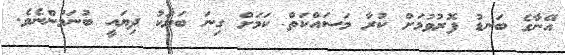
އޭނާގެ ބަނޑު ފޮރުވުމަށް ކުރާ މަސައްކަތް ކަމަށް ގިނަ ބަޔަކު ދިޔައީ ބުނަމުންނެވެ.